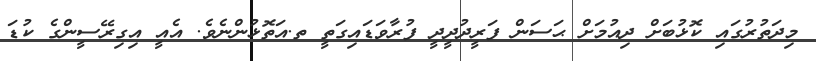
މިދަތުރުގައި ކޮޅުބަށް ދިއުމަށް ޙަސަން ފަރީދުދީދީ ފުރާވަޑައިގަތީ ތ.އަތޮޅުންނެވެ. އެއީ އިގިރޭސީންގެ ކުޑަ